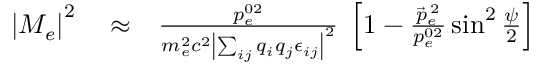
\begin{array} { r l r } { \left| M _ { e } \right| ^ { 2 } } & { { } \approx } & { \frac { p _ { e } ^ { 0 2 } } { m _ { e } ^ { 2 } c ^ { 2 } \left| \sum _ { i j } q _ { i } q _ { j } \epsilon _ { i j } \right| ^ { 2 } } \; \left[ 1 - \frac { \vec { p } _ { e } ^ { \; 2 } } { p _ { e } ^ { 0 2 } } \sin ^ { 2 } \frac { \psi } { 2 } \right] } \end{array}